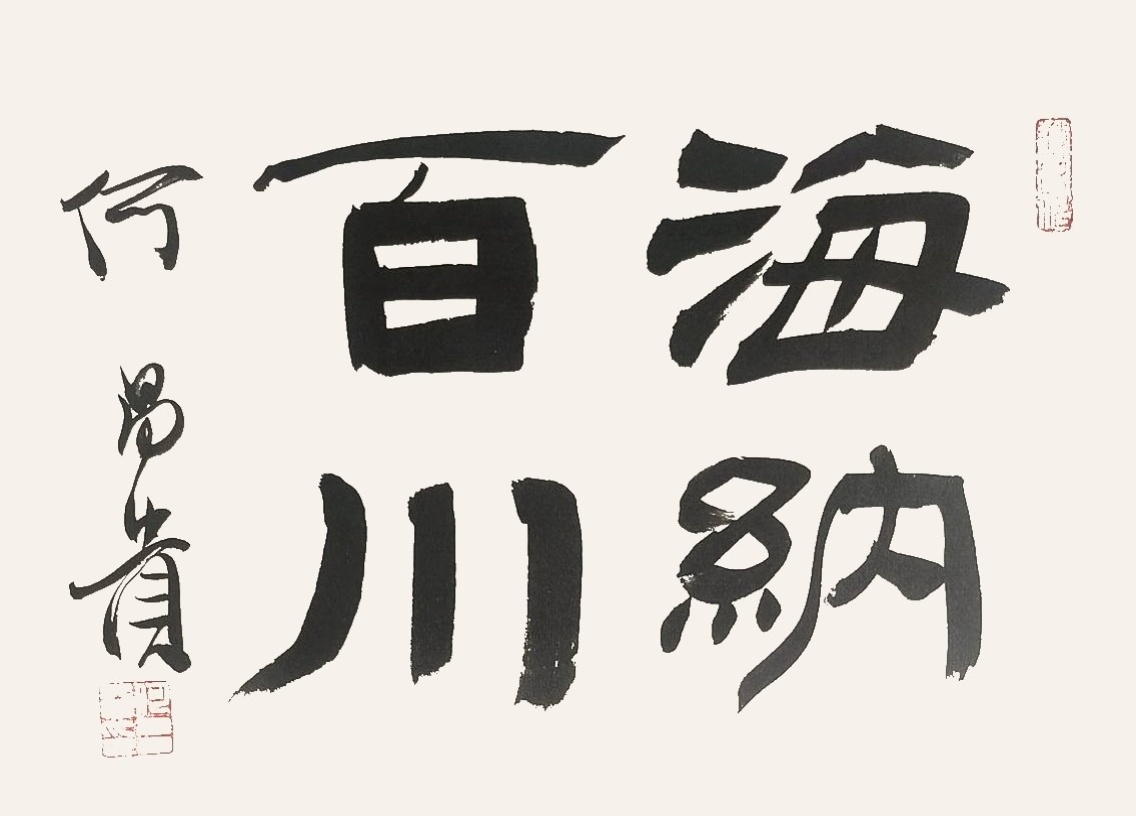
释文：海纳百川何昌贵